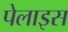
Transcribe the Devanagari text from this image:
पेलाइस